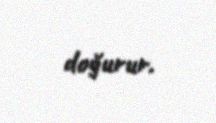
doğurur.